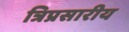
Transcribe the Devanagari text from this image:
त्रिप्रसारीय